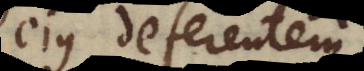
ejus deferentem